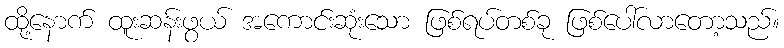
ထို့နောက် ထူးဆန်းဖွယ် အကောင်းဆုံးသော ဖြစ်ရပ်တစ်ခု ဖြစ်ပေါ်လာတော့သည်။